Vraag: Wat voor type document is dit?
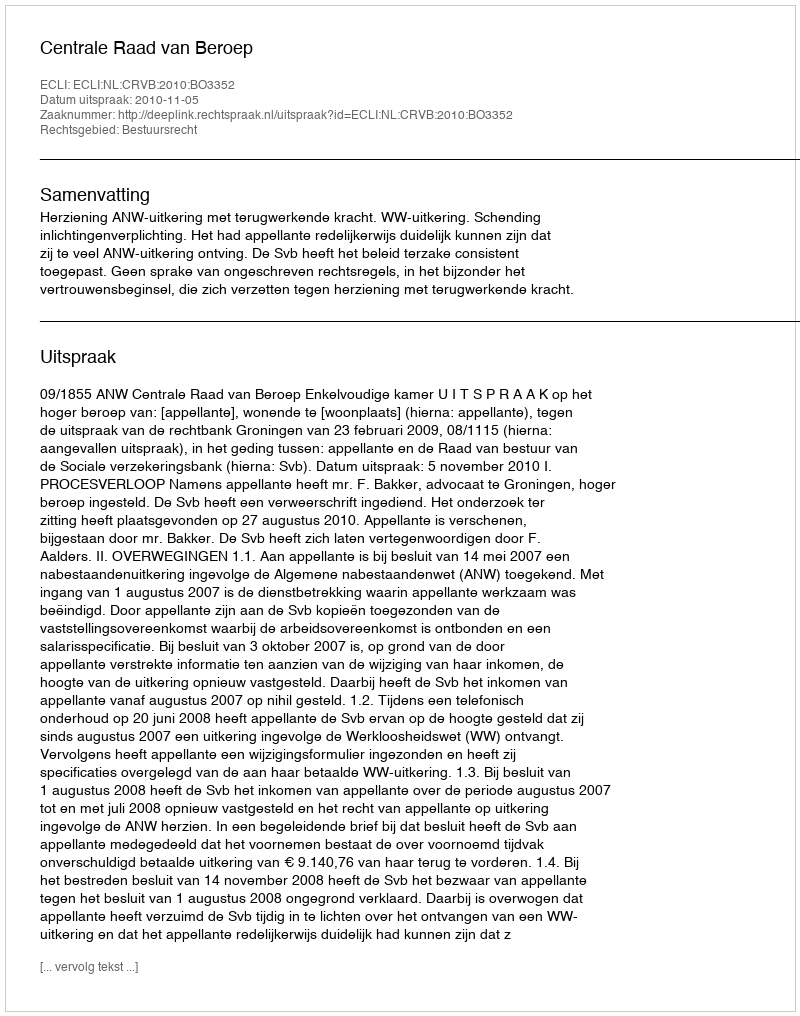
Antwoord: Uitspraak